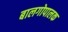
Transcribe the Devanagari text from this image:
बालगोपालक